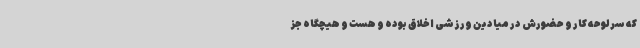
که سرلوحه کار و حضورش در میادین ورزشی اخلاق بوده و هست و هیچگاه جز